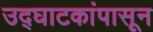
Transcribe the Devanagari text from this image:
उद्‌घाटकांपासून